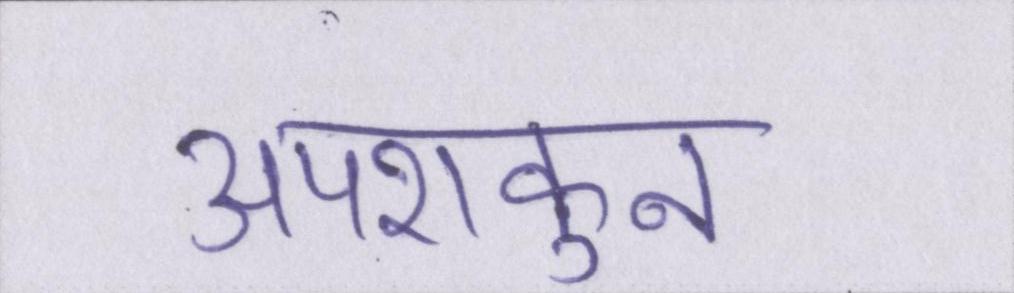
अपशकुन